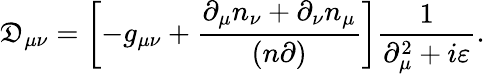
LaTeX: \mathfrak{D}_{\mu\nu}=\left[-g_{\mu\nu}+\frac{{\partial_{\mu}n_{\nu}+\partial_{\nu}n_{\mu}}}{{(n\partial)}}\right]\frac{{1}}{{\partial_{\mu}^{2}+i\varepsilon}}.